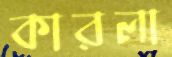
কারলা